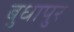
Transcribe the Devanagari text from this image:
बुधापुर